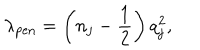
\lambda _ { \mathrm { p e n } } = \left( n _ { j } - \frac { 1 } { 2 } \right) q _ { j } ^ { 2 } ,